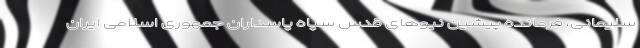
سلیمانی، فرمانده پیشین نیوهای قدس سپاه پاسداران جمهوری اسلامی ایران